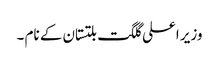
وزیر اعلی گلگت بلتستان کے نام ۔